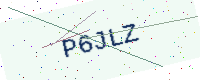
Text: P6JLZ